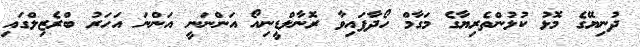
ދުނިޔޭގެ މޮޅު ކުޅުންތެރިޔާގެ މަގާމް ހޯދާފައިވާ ރޮނާލްޑީނިއޯ އަންނަނީ އަންނަ އަހަރު ބްރެޒިލްގައި